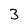
Character: 3